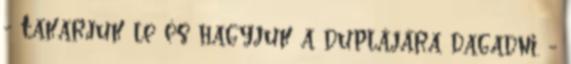
- Takarjuk le és hagyjuk a duplájára dagadni. -